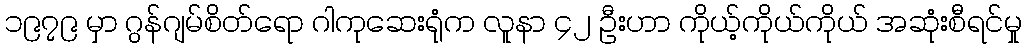
၁၉၇၉ မှာ ဂွန်ဂျမ်စိတ်ရော ဂါကုဆေးရုံက လူနာ ၄၂ ဦးဟာ ကိုယ့်ကိုယ်ကိုယ် အဆုံးစီရင်မှု